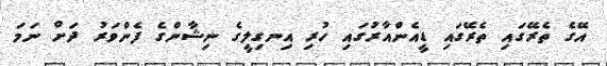
އޭގެ ތެރޭގައި ތެރޭގައި ޑީއެންއާރުގައި ހުރި އިނގިލީގެ ނިޝާންގެ ފެންވަރު ދަށް ނަމަ